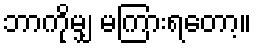
ဘာကိုမျှ မကြားရတော့။